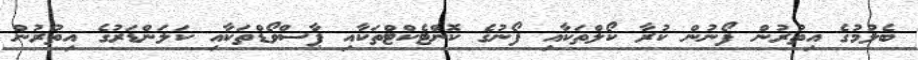
ބެލުމުގެ އިތުރުން ފޯނުން ކުރާ ކޯލްތަކާއި ފޯނުގެ ކޮންޓެކްޓްތަކާއި ޕާސްވޯޑްތަކާއި ކަލަންޑަރުގެ އިތުރުން